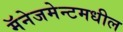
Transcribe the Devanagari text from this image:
मॅनेजमेन्टमधील